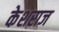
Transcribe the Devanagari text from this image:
केशराज